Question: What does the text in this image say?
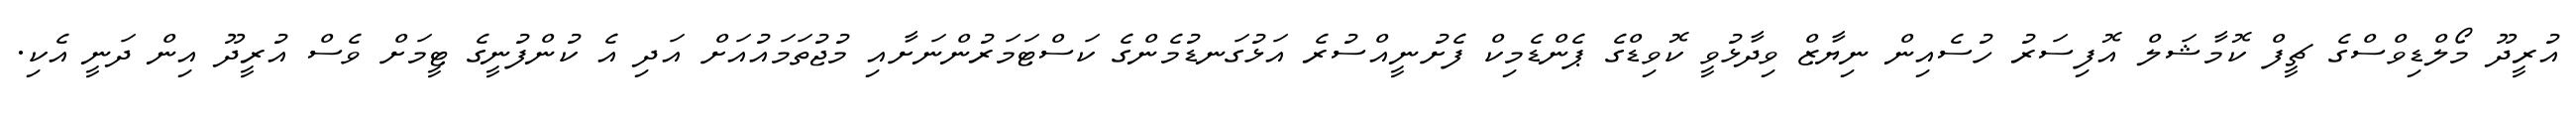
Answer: އުރީދޫ މޯލްޑިވްސްގެ ޗީފް ކޮމާޝަލް އޮފިސަރު ހުސެއިން ނިޔާޒް ވިދާޅުވީ ކޮވިޑްގެ ޕެންޑެމިކް ފެށުނީއްސުރެ އަޅުގަނޑުމެންގެ ކަސްޓަމަރުންނަށާއި މުޖުތަމައުއަށް އަދި އެ ކުންފުނީގެ ޓީމަށް ވެސް އުރީދޫ އިން ދަނީ އެކި.